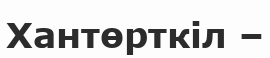
Хантөрткіл –